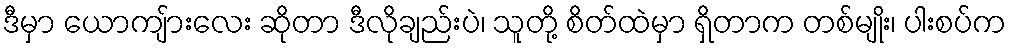
ဒီမှာ ယောကျ်ားလေး ဆိုတာ ဒီလိုချည်းပဲ၊ သူတို့ စိတ်ထဲမှာ ရှိတာက တစ်မျိုး၊ ပါးစပ်က